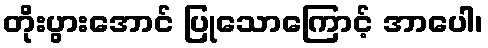
တိုးပွားအောင် ပြုသောကြောင့် အာပေါ၊